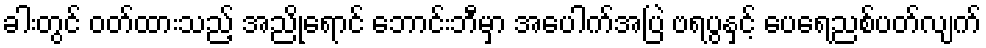
ခါးတွင် ဝတ်ထားသည့် အညိုရောင် ဘောင်းဘီမှာ အပေါက်အပြဲ ဗရပွနှင့် ပေရေညစ်ပတ်လျက်